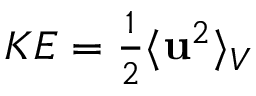
\begin{array} { r } { K E = \frac { 1 } { 2 } \langle \mathbf { u } ^ { 2 } \rangle _ { V } } \end{array}